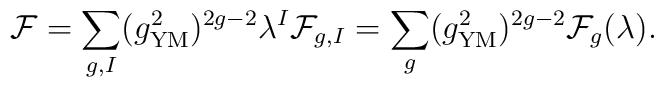
{\cal F}=\sum_{g,I}(g_{\rm YM}^2)^{2g-2}\lambda^I{\cal F}_{g,I}=\sum_{g}(g_{\rm YM}^2)^{2g-2}{\cal F}_g(\lambda).